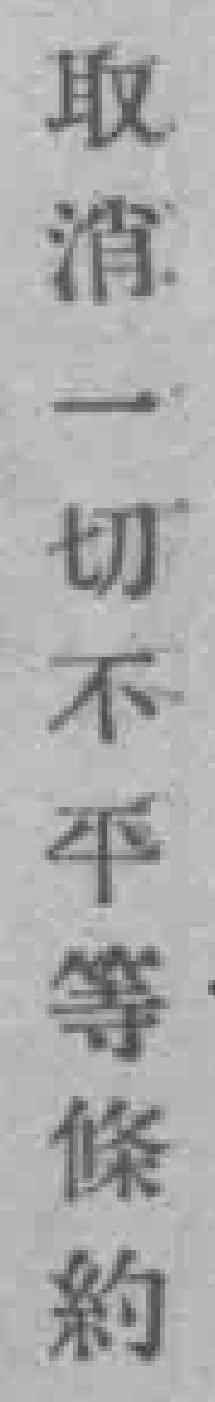
取消一切不平等條約